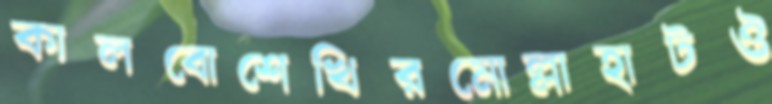
কালবোশেখিরমোল্লাহাটঔ